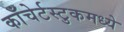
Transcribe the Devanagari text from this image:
काँचेर्टस्टुकमध्ये